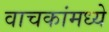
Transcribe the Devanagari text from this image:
वाचकांमध्ये